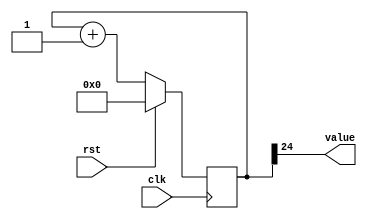
/*
   This file was generated automatically by the Mojo IDE version B1.3.5.
   Do not edit this file directly. Instead edit the original Lucid source.
   This is a temporary file and any changes made to it will be destroyed.
*/

/*
   Parameters:
     SIZE = 1
     DIV = 24
     TOP = 0
     UP = 1
*/
module counter_3 (
    input clk,
    input rst,
    output reg [0:0] value
  );
  
  localparam SIZE = 1'h1;
  localparam DIV = 5'h18;
  localparam TOP = 1'h0;
  localparam UP = 1'h1;
  
  
  reg [24:0] M_ctr_d, M_ctr_q = 1'h0;
  
  localparam MAX_VALUE = 25'h0ffffff;
  
  always @* begin
    M_ctr_d = M_ctr_q;
    
    value = M_ctr_q[24+0-:1];
    if (1'h1) begin
      M_ctr_d = M_ctr_q + 1'h1;
      if (1'h0 && M_ctr_q == 25'h0ffffff) begin
        M_ctr_d = 1'h0;
      end
    end else begin
      M_ctr_d = M_ctr_q - 1'h1;
      if (1'h0 && M_ctr_q == 1'h0) begin
        M_ctr_d = 25'h0ffffff;
      end
    end
  end
  
  always @(posedge clk) begin
    if (rst == 1'b1) begin
      M_ctr_q <= 1'h0;
    end else begin
      M_ctr_q <= M_ctr_d;
    end
  end
  
endmodule